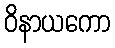
ဝိနာယကော